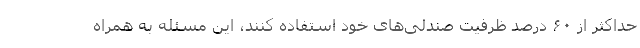
حداکثر از ۶۰ درصد ظرفیت صندلی‌های خود استفاده کنند، این مسئله به همراه